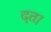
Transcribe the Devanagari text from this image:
दत।